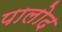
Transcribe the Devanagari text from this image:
पालोद